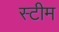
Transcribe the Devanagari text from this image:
स्‍टीम